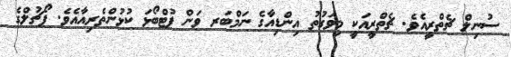
ސުނިލް ޗެތްރީއެވެ. ޗެތްރީއަކީ މިވަގުތު އިންޑިއާގެ ނަމްބަރ ވަން ފުޓްބޯޅަ ކުޅުންތެރިއާއެވެ. ޕޯޗުަލްގެ